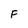
Character: F